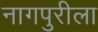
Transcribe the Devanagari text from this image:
नागपुरीला